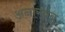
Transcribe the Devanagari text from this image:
अनास्त्रव